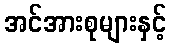
အင်အားစုများနှင့်